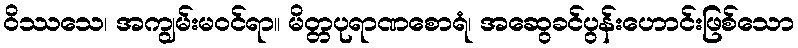
ဝိဿသေ၊ အကျွမ်းမဝင်ရာ။ မိတ္တပုရာဏစောရံ၊ အဆွေခင်ပွန်းဟောင်းဖြစ်သော